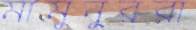
মামুনুররা